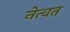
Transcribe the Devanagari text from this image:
नेत्वत